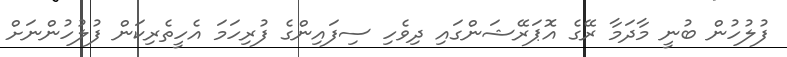
ފުލުހުން ބުނީ މާދަމާ ރޭގެ އޮޕަރޭޝަންގައި ދިވެހި ސިފައިންގެ ފުރިހަމަ އެހީތެރިކަން ފުލުުހުންނަށް